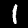
Digit: 1